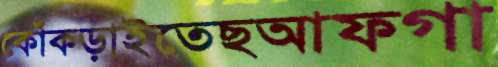
কোঁকড়াইতেছআফগা